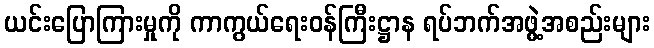
ယင်းပြောကြားမှုကို ကာကွယ်ရေးဝန်ကြီးဋ္ဌာန ရပ်ဘက်အဖွဲ့အစည်းများ